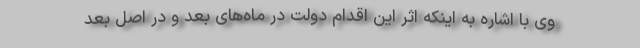
وی با اشاره به اینکه اثر این اقدام دولت در ماه‌های بعد و در اصل بعد